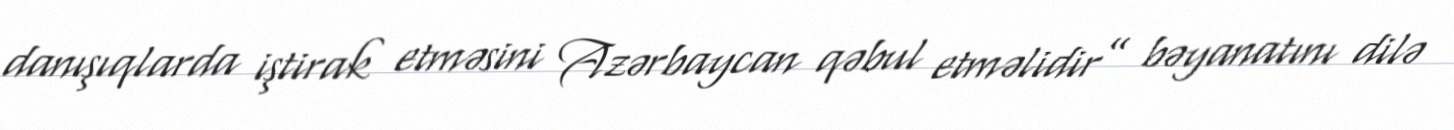
danışıqlarda iştirak etməsini Azərbaycan qəbul etməlidir” bəyanatını dilə